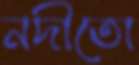
নদীতো